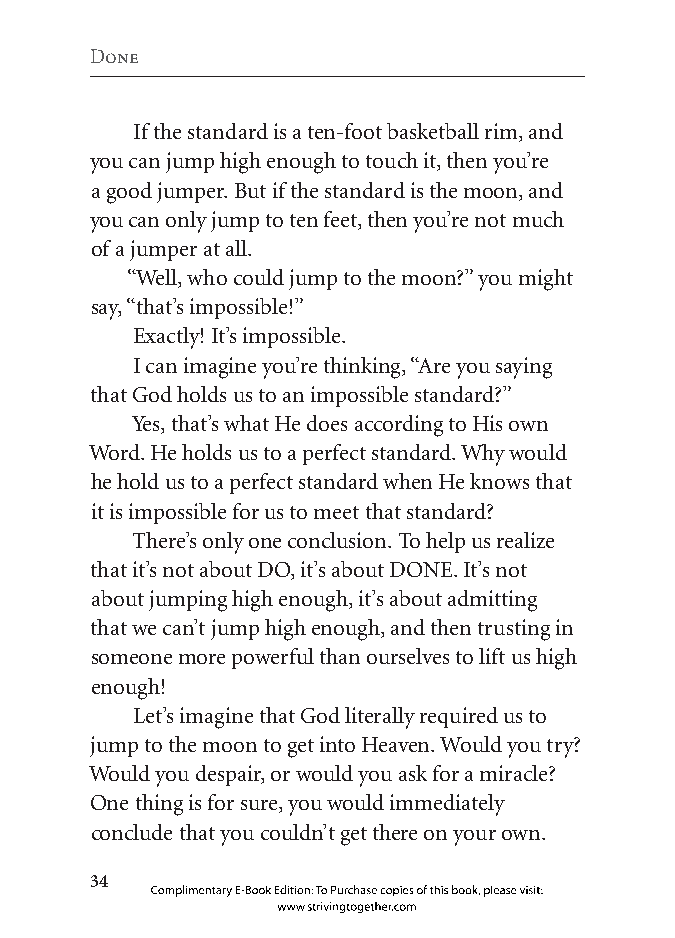
Done
 If the standard is a ten-foot basketball rim, and
 you can jump high enough to touch it, then you’re
 a good jumper. But if the standard is the moon, and
 you can only jump to ten feet, then you’re not much
 of a jumper at all.
 “Well, who could jump to the moon?” you might
 say, “that’s impossible!”
 Exactly! It’s impossible.
 I can imagine you’re thinking, “Are you saying
 that God holds us to an impossible standard?”
 Yes, that’s what He does according to His own
 Word. He holds us to a perfect standard. Why would
 he hold us to a perfect standard when He knows that
 it is impossible for us to meet that standard?
 There’s only one conclusion. To help us realize
 that it’s not about DO, it’s about DONE. It’s not
 about jumping high enough, it’s about admitting
 that we can’t jump high enough, and then trusting in
 someone more powerful than ourselves to lift us high
 enough!
 Let’s imagine that God literally required us to
 jump to the moon to get into Heaven. Would you try?
 Would you despair, or would you ask for a miracle?
 One thing is for sure, you would immediately
 conclude that you couldn’t get there on your own.
 
 Complimentary E-Book Edition: To Purchase copies of this book, please visit:
 www.strivingtogether.com